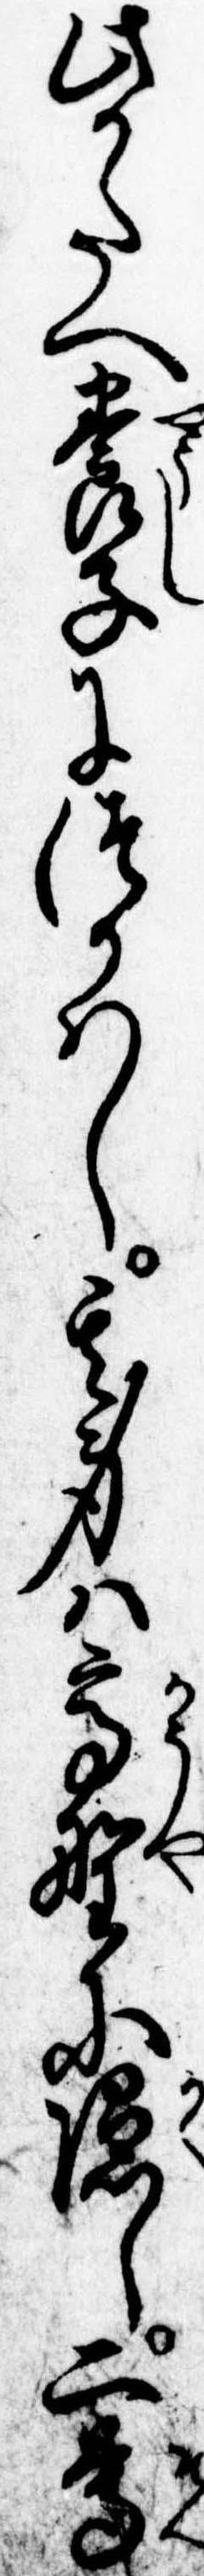
此かたへ養子につかはし其身は高野に隠し二尊